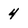
Character: 4